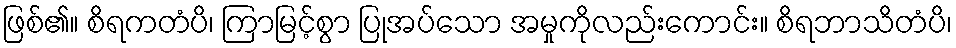
ဖြစ်၏။ စိရကတံပိ၊ ကြာမြင့်စွာ ပြုအပ်သော အမှုကိုလည်းကောင်း။ စိရဘာသိတံပိ၊